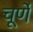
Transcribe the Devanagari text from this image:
चूर्णे